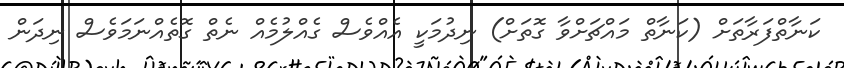
ކަނާތްފަރާތަށް (ކަނާތް މައްޗަށްވާ ގޮތަށް) ނިދުމަކީ އެއްވެސް ގެއްލުމެއް ނެތް ގޮތެއްނަމަވެސް ނިދަން